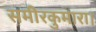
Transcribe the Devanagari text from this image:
समीरकुमारा।